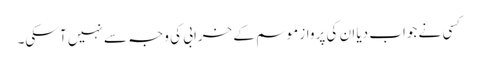
کسی نے جواب دیا ان کی پرواز موسم کے خرابی کی وجہ سے نہیں آ سکی۔